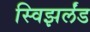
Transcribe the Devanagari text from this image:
स्विझर्लंड